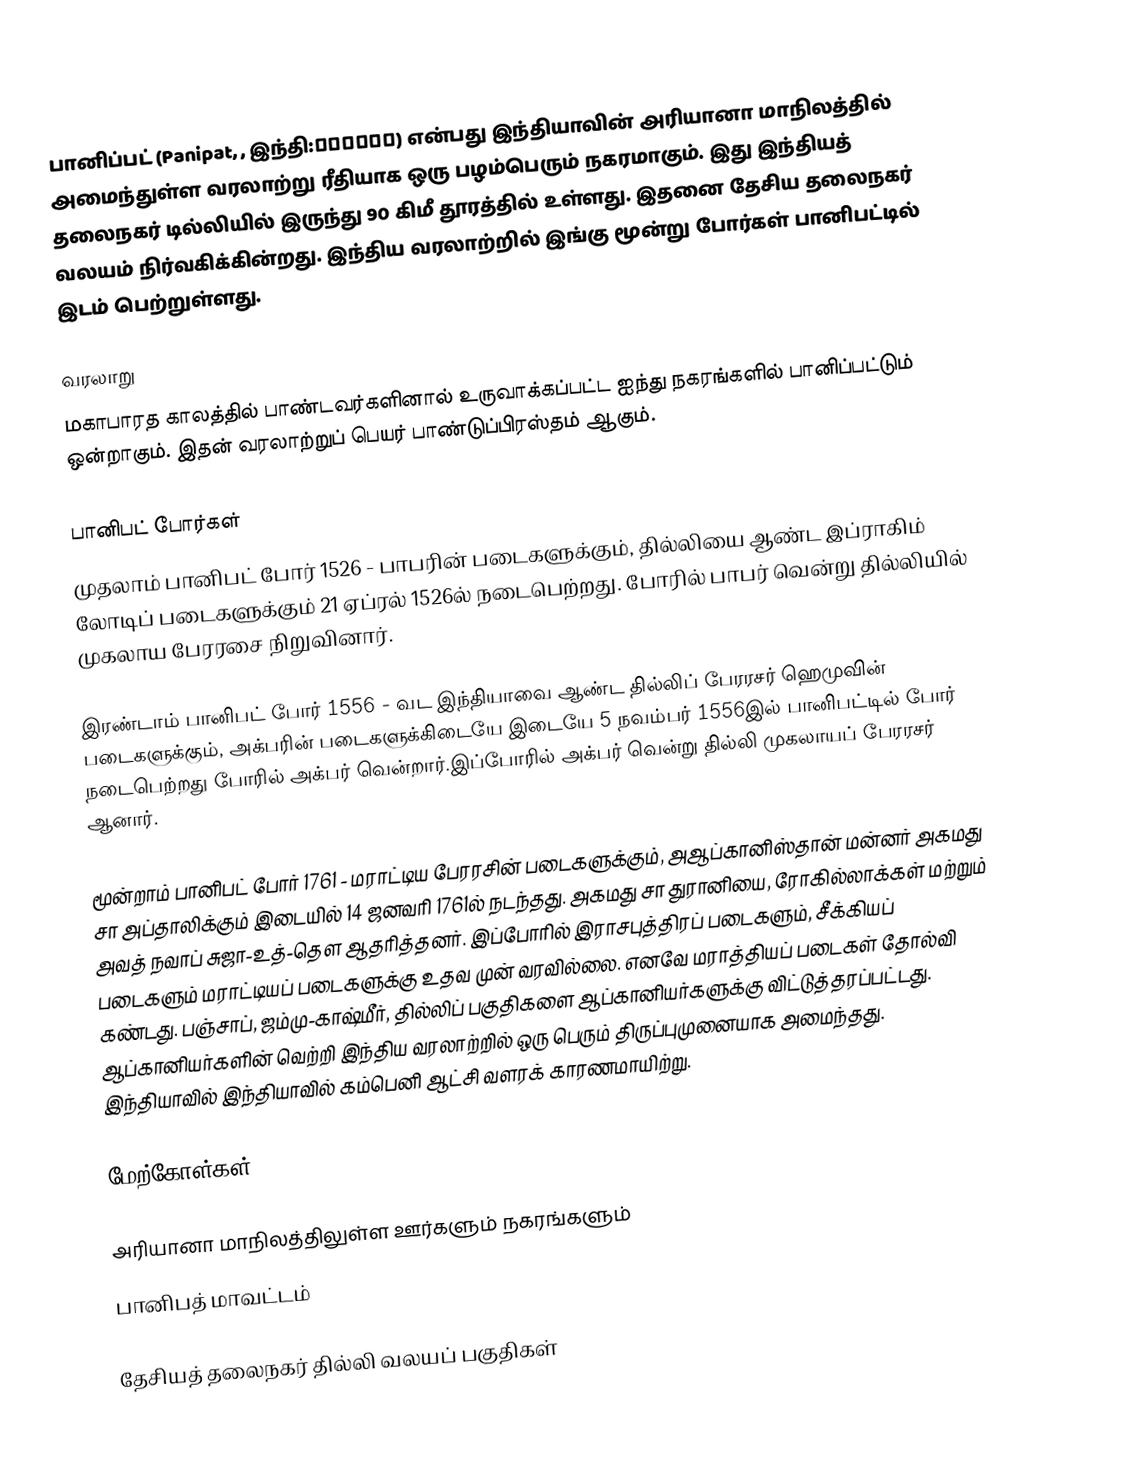
பானிப்பட் (Panipat, , இந்தி:पानीपत) என்பது இந்தியாவின் அரியானா மாநிலத்தில் அமைந்துள்ள வரலாற்று ரீதியாக ஒரு பழம்பெரும் நகரமாகும். இது இந்தியத் தலைநகர் டில்லியில் இருந்து 90 கிமீ தூரத்தில் உள்ளது. இதனை  தேசிய தலைநகர் வலயம் நிர்வகிக்கின்றது.   இந்திய வரலாற்றில் இங்கு மூன்று போர்கள்  பானிபட்டில் இடம் பெற்றுள்ளது.

வரலாறு
மகாபாரத காலத்தில் பாண்டவர்களினால் உருவாக்கப்பட்ட ஐந்து நகரங்களில் பானிப்பட்டும் ஒன்றாகும். இதன் வரலாற்றுப் பெயர் பாண்டுப்பிரஸ்தம் ஆகும்.

பானிபட் போர்கள்
 முதலாம் பானிபட் போர் 1526 - பாபரின் படைகளுக்கும், தில்லியை ஆண்ட இப்ராகிம் லோடிப் படைகளுக்கும் 21 ஏப்ரல் 1526ல் நடைபெற்றது. போரில் பாபர் வென்று தில்லியில் முகலாய பேரரசை நிறுவினார்.

 இரண்டாம் பானிபட் போர்  1556 - வட இந்தியாவை ஆண்ட  தில்லிப் பேரரசர்  ஹெமுவின் படைகளுக்கும், அக்பரின் படைகளுக்கிடையே இடையே 5 நவம்பர் 1556இல் பானிபட்டில் போர் நடைபெற்றது போரில் அக்பர் வென்றார்.இப்போரில் அக்பர் வென்று தில்லி முகலாயப் பேரரசர் ஆனார்.

 மூன்றாம் பானிபட் போர் 1761 - மராட்டிய பேரரசின்  படைகளுக்கும், அஆப்கானிஸ்தான் மன்னர் அகமது சா அப்தாலிக்கும் இடையில் 14 ஜனவரி 1761ல்  நடந்தது. அகமது சா துரானியை, ரோகில்லாக்கள்  மற்றும் அவத் நவாப் சுஜா-உத்-தௌ ஆதரித்தனர். இப்போரில் இராசபுத்திரப் படைகளும், சீக்கியப் படைகளும் மராட்டியப் படைகளுக்கு உதவ முன் வரவில்லை. எனவே மராத்தியப் படைகள் தோல்வி கண்டது. பஞ்சாப், ஜம்மு-காஷ்மீர், தில்லிப் பகுதிகளை ஆப்கானியர்களுக்கு விட்டுத்தரப்பட்டது.   ஆப்கானியர்களின் வெற்றி இந்திய வரலாற்றில் ஒரு பெரும் திருப்புமுனையாக அமைந்தது.  இந்தியாவில்  இந்தியாவில் கம்பெனி ஆட்சி வளரக் காரணமாயிற்று.

மேற்கோள்கள்

அரியானா மாநிலத்திலுள்ள ஊர்களும் நகரங்களும்
பானிபத் மாவட்டம்

தேசியத் தலைநகர் தில்லி வலயப் பகுதிகள்